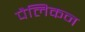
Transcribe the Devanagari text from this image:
पैलिकन